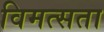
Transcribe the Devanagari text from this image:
विमत्सता